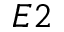
E 2